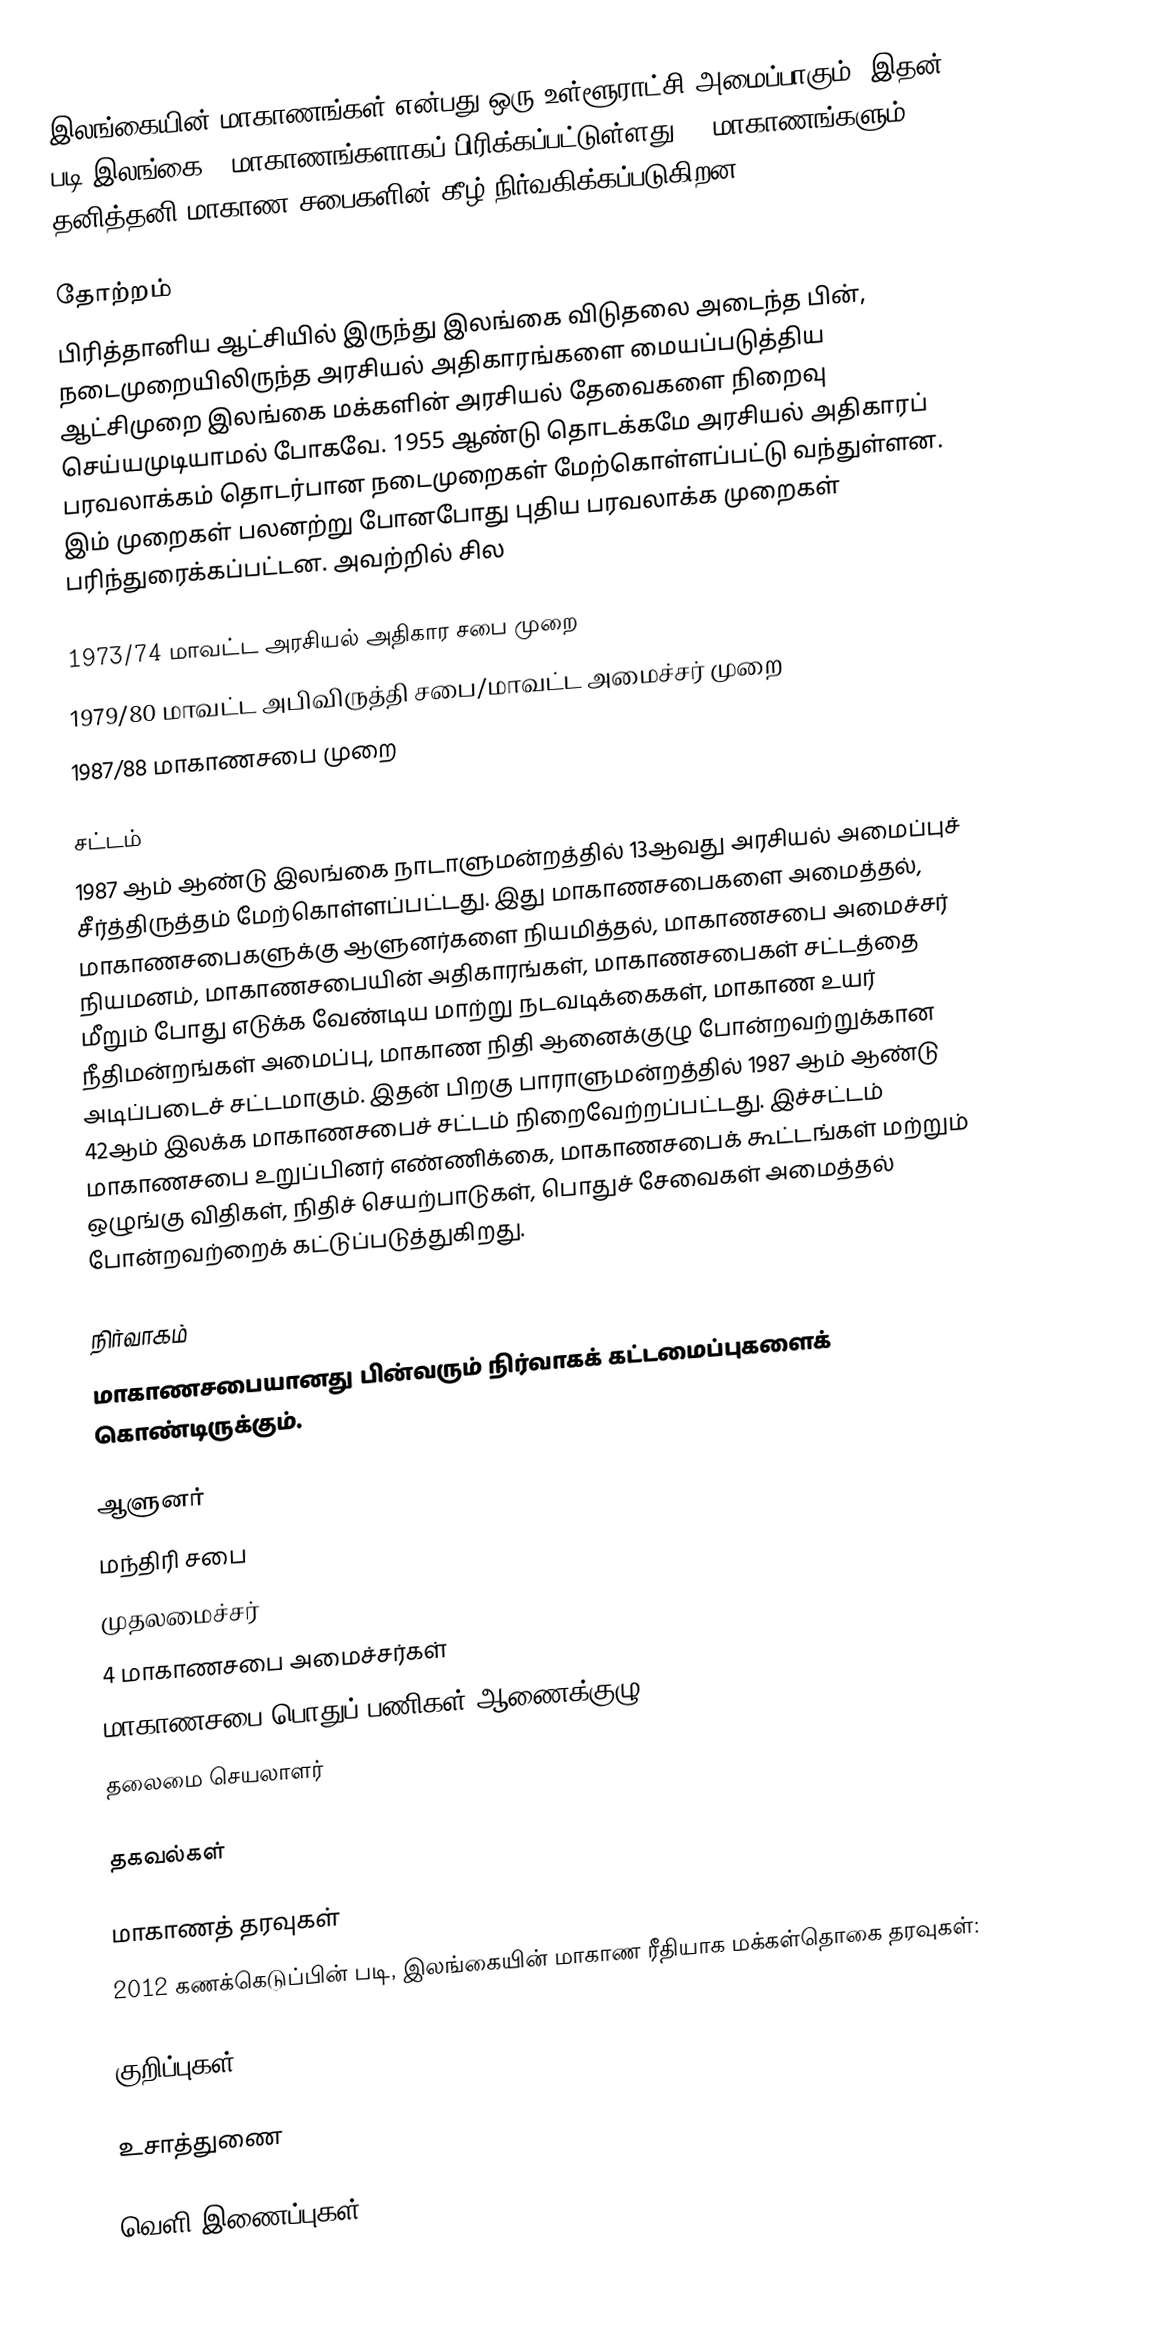
இலங்கையின் மாகாணங்கள் என்பது ஒரு உள்ளூராட்சி அமைப்பாகும். இதன் படி இலங்கை 9 மாகாணங்களாகப் பிரிக்கப்பட்டுள்ளது. 9 மாகாணங்களும் தனித்தனி மாகாண சபைகளின் கீழ் நிர்வகிக்கப்படுகிறன.

தோற்றம்
பிரித்தானிய ஆட்சியில் இருந்து இலங்கை விடுதலை அடைந்த பின், நடைமுறையிலிருந்த அரசியல் அதிகாரங்களை மையப்படுத்திய ஆட்சிமுறை இலங்கை மக்களின் அரசியல் தேவைகளை நிறைவு செய்யமுடியாமல் போகவே. 1955 ஆண்டு தொடக்கமே அரசியல் அதிகாரப் பரவலாக்கம் தொடர்பான நடைமுறைகள் மேற்கொள்ளப்பட்டு வந்துள்ளன. இம் முறைகள் பலனற்று போனபோது புதிய பரவலாக்க முறைகள் பரிந்துரைக்கப்பட்டன. அவற்றில் சில

 1973/74 மாவட்ட அரசியல் அதிகார சபை முறை
 1979/80 மாவட்ட அபிவிருத்தி சபை/மாவட்ட அமைச்சர் முறை
 1987/88 மாகாணசபை முறை

சட்டம்
1987 ஆம் ஆண்டு இலங்கை நாடாளுமன்றத்தில் 13ஆவது அரசியல் அமைப்புச் சீர்த்திருத்தம் மேற்கொள்ளப்பட்டது. இது மாகாணசபைகளை அமைத்தல், மாகாணசபைகளுக்கு ஆளுனர்களை நியமித்தல், மாகாணசபை அமைச்சர் நியமனம், மாகாணசபையின் அதிகாரங்கள், மாகாணசபைகள் சட்டத்தை மீறும் போது எடுக்க வேண்டிய மாற்று நடவடிக்கைகள், மாகாண உயர் நீதிமன்றங்கள் அமைப்பு, மாகாண நிதி ஆனைக்குழு போன்றவற்றுக்கான அடிப்படைச் சட்டமாகும். இதன் பிறகு பாராளுமன்றத்தில் 1987 ஆம் ஆண்டு 42ஆம் இலக்க மாகாணசபைச் சட்டம் நிறைவேற்றப்பட்டது. இச்சட்டம் மாகாணசபை உறுப்பினர் எண்ணிக்கை, மாகாணசபைக் கூட்டங்கள் மற்றும் ஒழுங்கு விதிகள், நிதிச் செயற்பாடுகள், பொதுச் சேவைகள் அமைத்தல் போன்றவற்றைக் கட்டுப்படுத்துகிறது.

நிர்வாகம்
மாகாணசபையானது பின்வரும் நிர்வாகக் கட்டமைப்புகளைக் கொண்டிருக்கும்.

 ஆளுனர்
 மந்திரி சபை
 முதலமைச்சர்
 4 மாகாணசபை அமைச்சர்கள்
 மாகாணசபை பொதுப் பணிகள் ஆணைக்குழு
 தலைமை செயலாளர்

தகவல்கள்

மாகாணத் தரவுகள்
2012 கணக்கெடுப்பின் படி, இலங்கையின் மாகாண ரீதியாக மக்கள்தொகை தரவுகள்:

குறிப்புகள்

உசாத்துணை

வெளி இணைப்புகள்